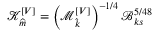
\mathcal { K } _ { \widehat { m } } ^ { \left[ V \right] } = \left( \mathcal { M } _ { \widehat { k } } ^ { \left[ V \right] } \right) ^ { - 1 / 4 } \mathcal { B } _ { k s } ^ { 5 / 4 8 }